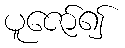
ပူဇော်၍